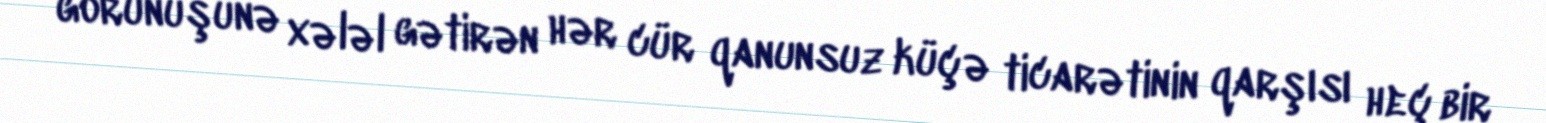
görünüşünə xələl gətirən hər cür qanunsuz küçə ticarətinin qarşısı heç bir